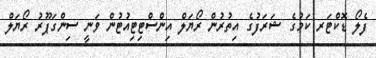
ފެލޯ ޑޮކްޓަރ ކަމުގެ ޝަރަފުގެ އިތުރުން ރޯޔަލް އިންސްޓިޓިއުޓުން ވަނީ ސިންގަޕޫރު ރޯޔަލް